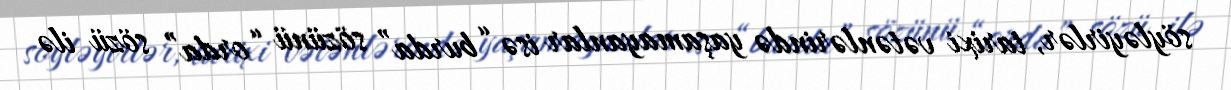
söyləyirlər, tarixi vətənlərində yaşamayanlar isə “burda” sözünü “orda” sözü ilə